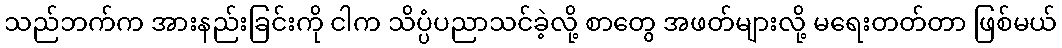
သည်ဘက်က အားနည်းခြင်းကို ငါက သိပ္ပံပညာသင်ခဲ့လို့ စာတွေ အဖတ်များလို့ မရေးတတ်တာ ဖြစ်မယ်